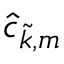
\hat { c } _ { \tilde { k } , m }